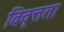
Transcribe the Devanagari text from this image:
विवृत्तता